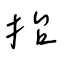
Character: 抬